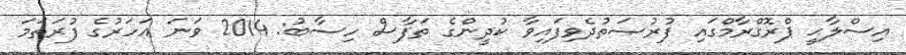
އިސްލާޙީ ޕްރޮގްރާމްގައި ފުރުޞަތުދެވިފައިވާ ކުދީންގެ ތަފާސް ހިސާބު: 2014 ވަނަ އަހަރުގެ ފުރަތަމަ